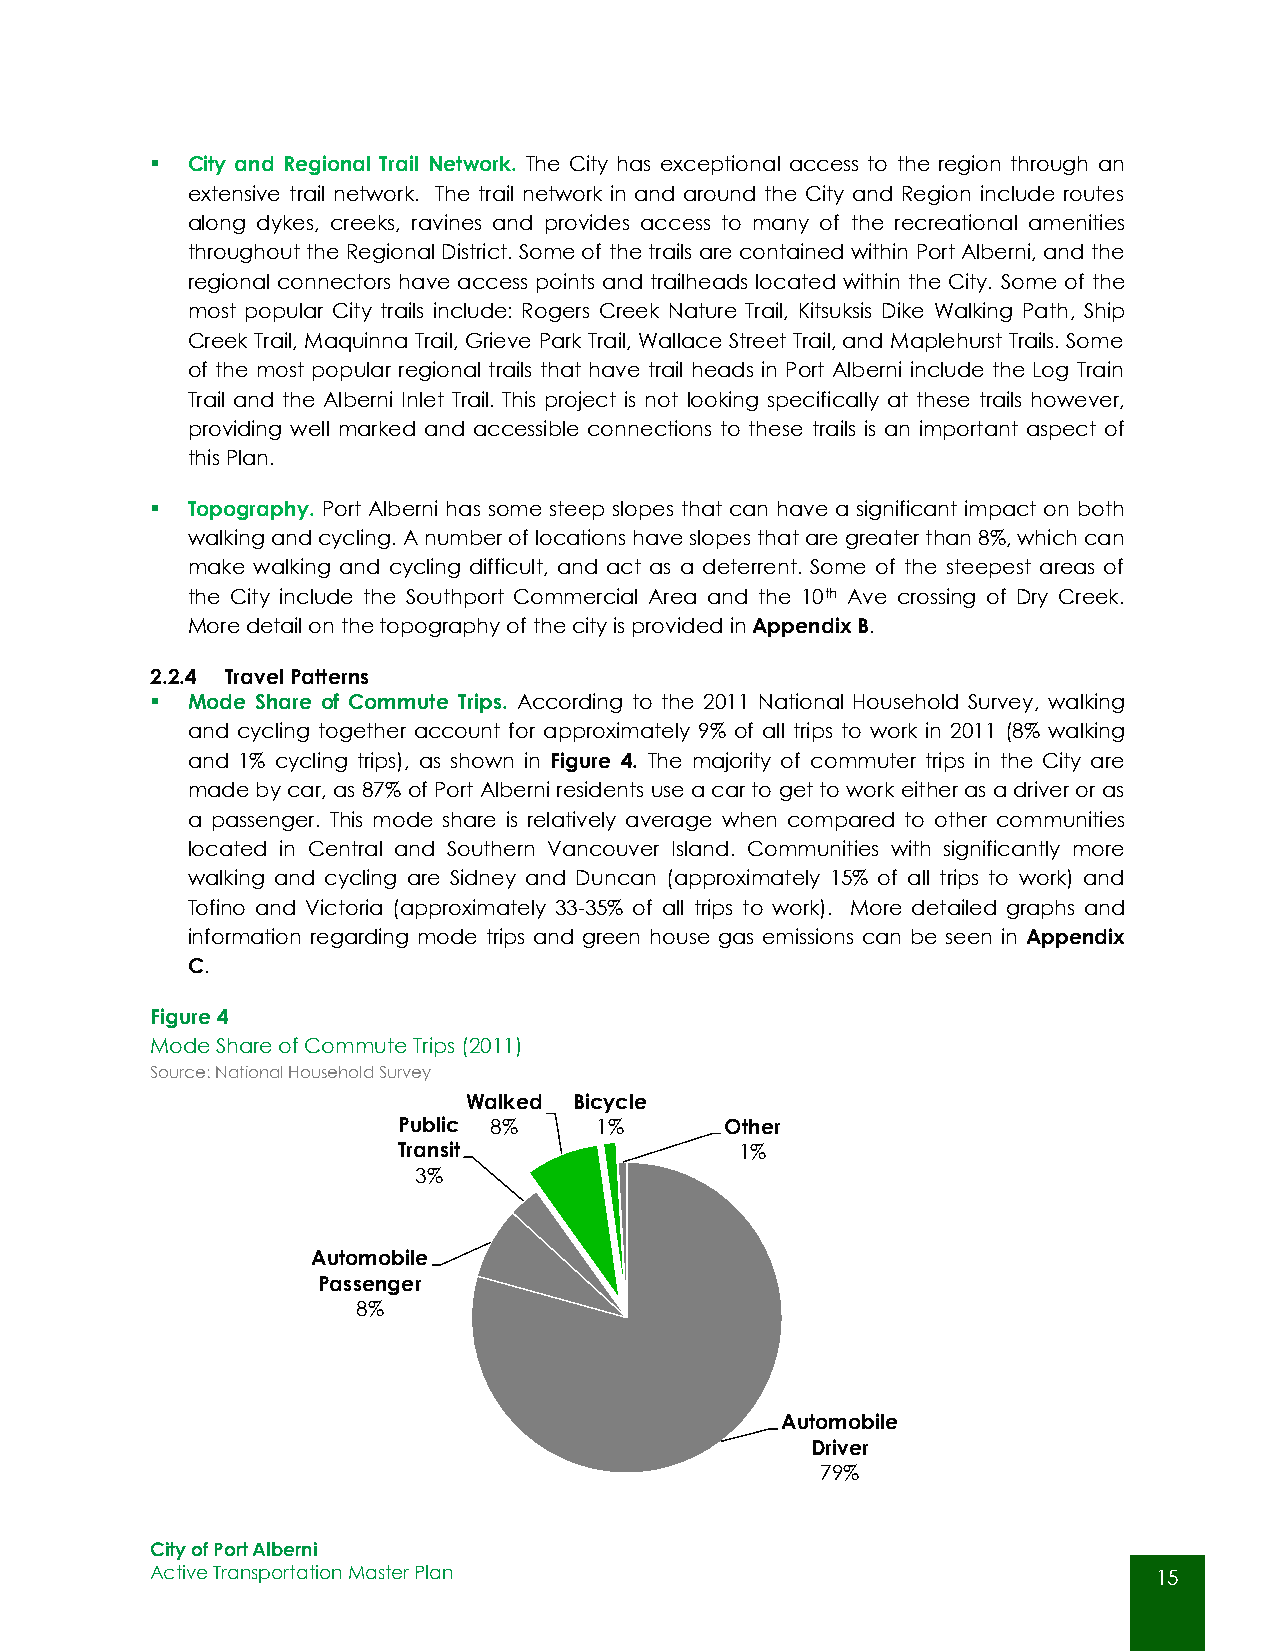
 City and Regional Trail Network. The City has exceptional access to the region through an
 extensive trail network. The trail network in and around the City and Region include routes
 along dykes, creeks, ravines and provides access to many of the recreational amenities
 throughout the Regional District. Some of the trails are contained within Port Alberni, and the
 regional connectors have access points and trailheads located within the City. Some of the
 most popular City trails include: Rogers Creek Nature Trail, Kitsuksis Dike Walking Path, Ship
 Creek Trail, Maquinna Trail, Grieve Park Trail, Wallace Street Trail, and Maplehurst Trails. Some
 of the most popular regional trails that have trail heads in Port Alberni include the Log Train
 Trail and the Alberni Inlet Trail. This project is not looking specifically at these trails however,
 providing well marked and accessible connections to these trails is an important aspect of
 this Plan.
  Topography. Port Alberni has some steep slopes that can have a significant impact on both
 walking and cycling. A number of locations have slopes that are greater than 8%, which can
 make walking and cycling difficult, and act as a deterrent. Some of the steepest areas of
 the City include the Southport Commercial Area and the 10th Ave crossing of Dry Creek.
 More detail on the topography of the city is provided in Appendix B.
 2.2.4 Travel Patterns
  Mode Share of Commute Trips. According to the 2011 National Household Survey, walking
 and cycling together account for approximately 9% of all trips to work in 2011 (8% walking
 and 1% cycling trips), as shown in Figure 4. The majority of commuter trips in the City are
 made by car, as 87% of Port Alberni residents use a car to get to work either as a driver or as
 a passenger. This mode share is relatively average when compared to other communities
 located in Central and Southern Vancouver Island. Communities with significantly more
 walking and cycling are Sidney and Duncan (approximately 15% of all trips to work) and
 Tofino and Victoria (approximately 33-35% of all trips to work). More detailed graphs and
 information regarding mode trips and green house gas emissions can be seen in Appendix
 C.
 Figure 4
 Mode Share of Commute Trips (2011)
 Source: National Household Survey
 Walked Bicycle
 Public 8%    1%       Other
 Transit                1%
 3%
 Automobile
 Passenger
 8%
 Automobile
 Driver
 79%
 City of Port Alberni
 Active Transportation Master Plan                                  15
 15